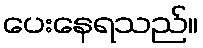
ပေးနေရသည်။